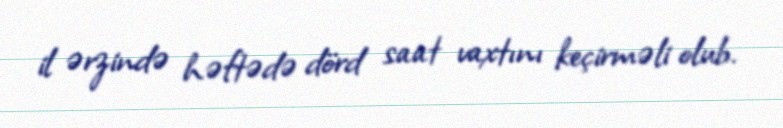
il ərzində həftədə dörd saat vaxtını keçirməli olub.